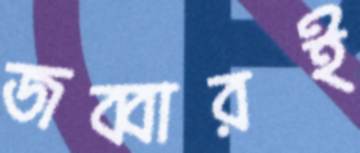
জব্বারই